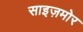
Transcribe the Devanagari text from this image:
साइज़मोर